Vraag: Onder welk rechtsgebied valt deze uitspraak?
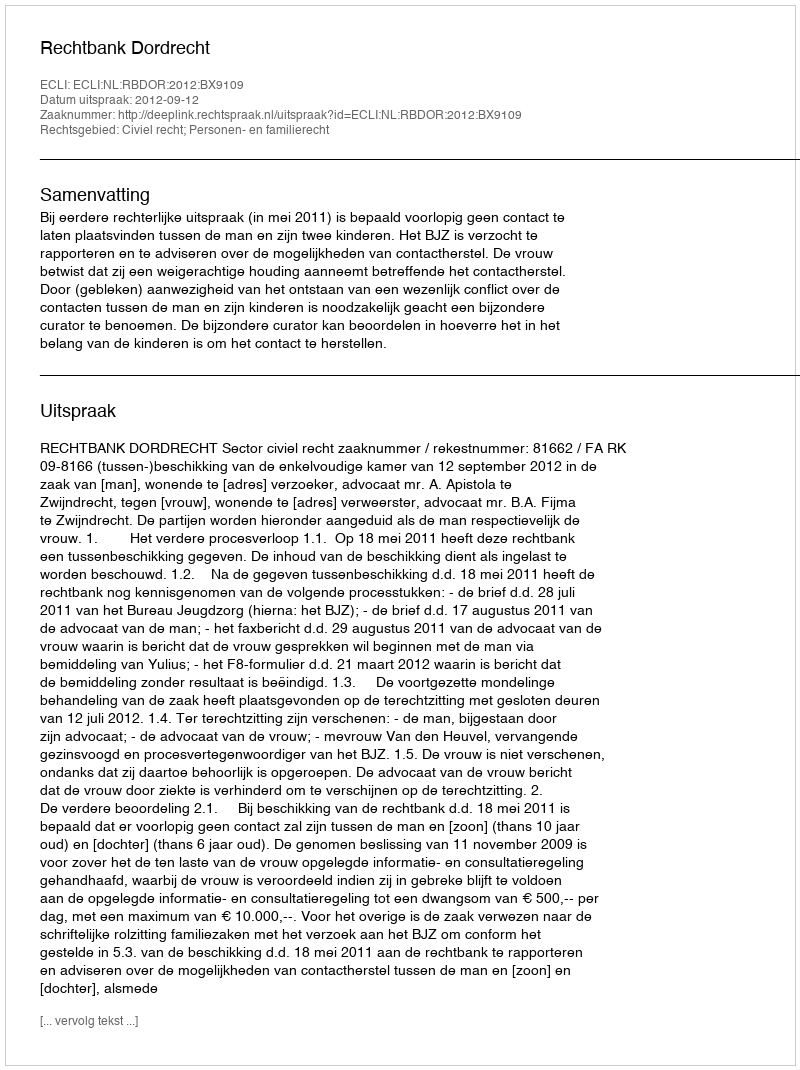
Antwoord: Civiel recht; Personen- en familierecht